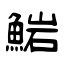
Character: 𩸶